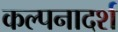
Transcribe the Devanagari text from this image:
कल्पनादर्श